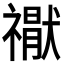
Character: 𮂘